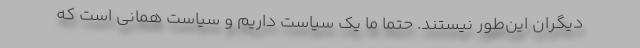
دیگران این‌طور نیستند. حتما ما یک سیاست داریم و سیاست همانی است که